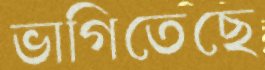
ভাগিতেছে